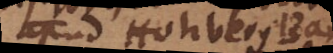
apud Hohberg